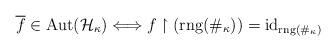
LaTeX: \begin{align*}\overline{f}\in \mathrm{Aut}(\mathcal{H}_{\kappa}) \Longleftrightarrow f\upharpoonright (\mathrm{rng}(\#_{\kappa}))= \mathrm{id}_{\mathrm{rng}(\#_{\kappa})}\end{align*}